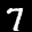
Label: 7